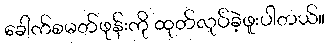
ခေါက်စမတ်ဖုန်းကို ထုတ်လုပ်ခဲ့ဖူးပါတယ်။